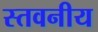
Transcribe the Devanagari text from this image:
स्तवनीय